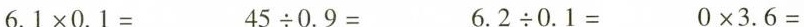
6.1 \times 0.1= 45{\div} 0.9= 6.2{\div} 0.1= 0\times 3.6=